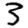
Digit: 3